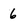
Character: 6